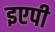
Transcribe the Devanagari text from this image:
इएपी